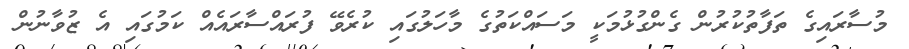
މުސާރައިގެ ތަފާތުކުރުން ގެންގުޅުމަކީ މަސައްކަތުގެ މާހަލުގައި ކުރެވޭ ފުރައްސާރައެއް ކަމުގައި އެ ޒުވާނުން